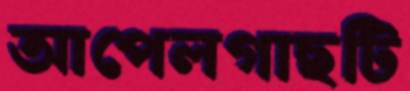
আপেলগাছটি